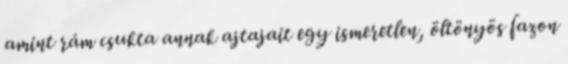
amint rám csukta annak ajtajait egy ismeretlen, öltönyös fazon